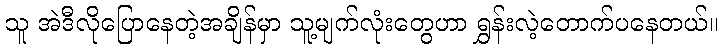
သူ အဲဒီလိုပြောနေတဲ့အချိန်မှာ သူ့မျက်လုံးတွေဟာ ရွှန်းလဲ့တောက်ပနေတယ်။